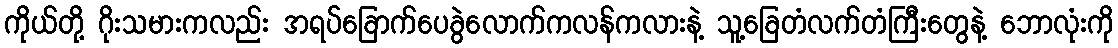
ကိုယ်တို့ ဂိုးသမားကလည်း အရပ်ခြောက်ပေခွဲလောက်ကလန်ကလားနဲ့ သူ့ခြေတံလက်တံကြီးတွေနဲ့ ဘောလုံးကို